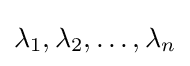
\lambda _{1},\lambda _{2},\ldots ,\lambda _{n}